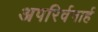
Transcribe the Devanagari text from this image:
अपरिर्वनार्ह